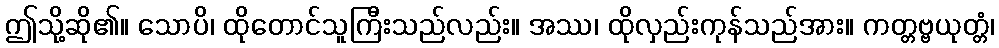
ဤသို့ဆို၏။ သောပိ၊ ထိုတောင်သူကြီးသည်လည်း။ အဿ၊ ထိုလှည်းကုန်သည်အား။ ကတ္တဗ္ဗယုတ္တံ၊